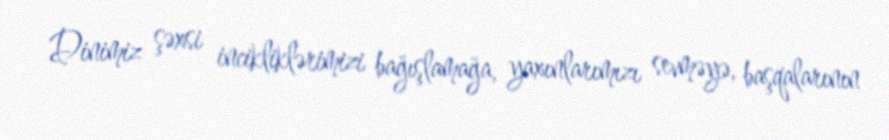
Dinimiz şəxsi incikliklərimizi bağışlamağa, yaxınlarımızı sevməyə, başqalarının